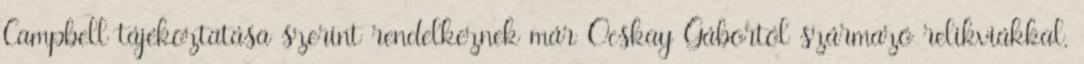
Campbell tájékoztatása szerint rendelkeznek már Ocskay Gábortól származó relikviákkal,